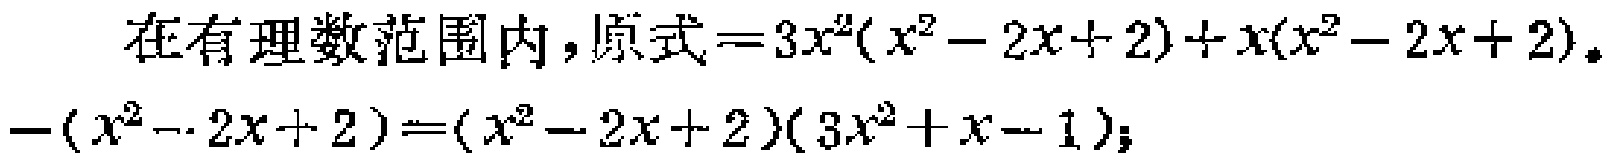
在有理数范围内，原式\(=3x^{2}(x^{2}-2x + 2)+x(x^{2}-2x + 2)-(x^{2}-2x + 2)=(x^{2}-2x + 2)(3x^{2}+x - 1)\)；